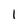
Character: 1